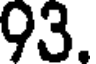
93.